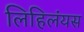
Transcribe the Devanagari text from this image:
लिहिलंयस